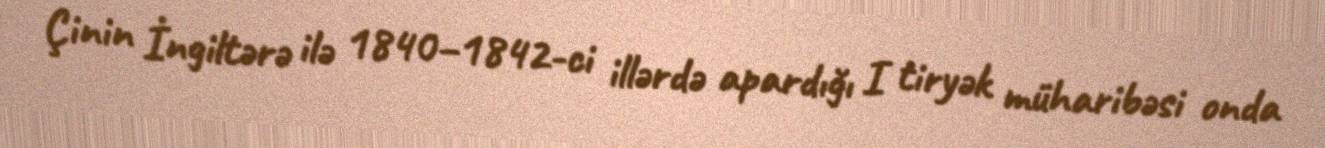
Çinin İngiltərə ilə 1840–1842-ci illərdə apardığı I tiryək müharibəsi onda